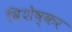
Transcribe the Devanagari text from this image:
विशेष्कर